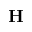
\mathbf { H }